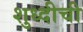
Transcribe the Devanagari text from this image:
शुध्दीची